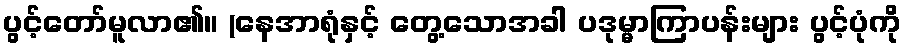
ပွင့်တော်မူလာ၏။ (နေအာရုံနှင့် တွေ့သောအခါ ပဒုမ္မာကြာပန်းများ ပွင့်ပုံကို